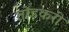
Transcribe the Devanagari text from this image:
तोडकरी